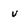
Character: v